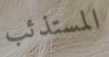
المستذئب